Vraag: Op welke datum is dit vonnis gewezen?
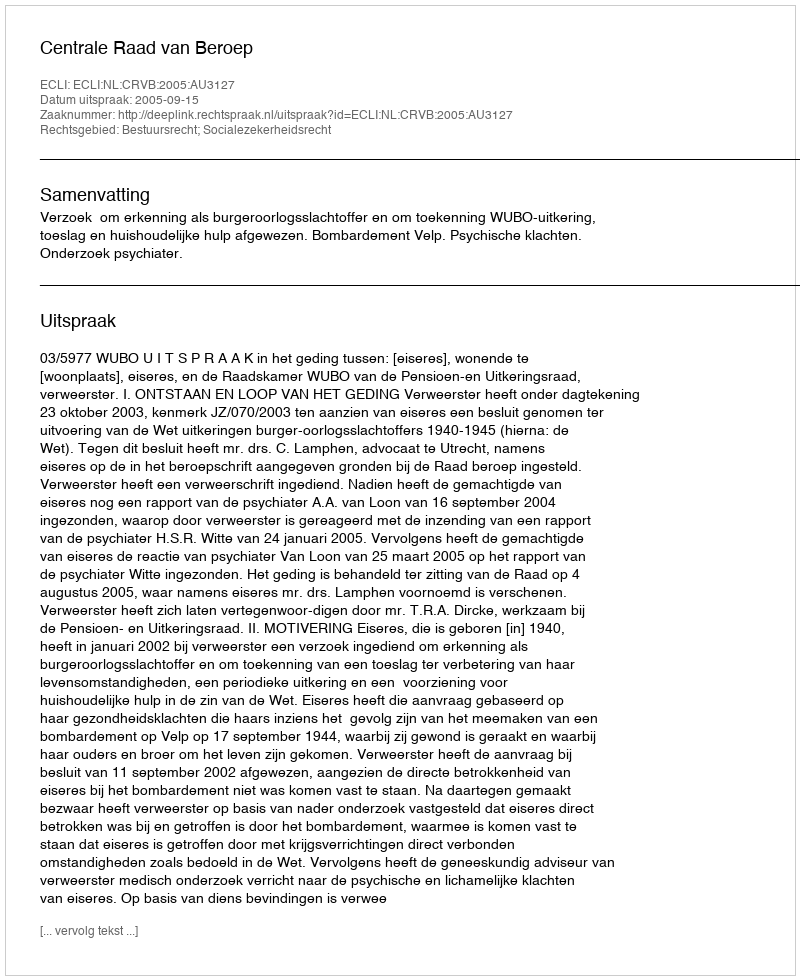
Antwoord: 2005-09-15